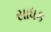
સાધક